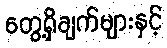
တွေ့ရှိချက်များနှင့်